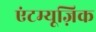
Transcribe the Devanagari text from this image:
एंटम्यूज़िक